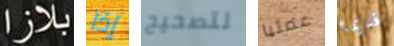
بلازا إذا لتصحيح عمليا قديما